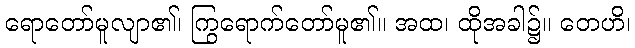
ရောတော်မူလျာ၏၊ ကြွရောက်တော်မူ၏။ အထ၊ ထိုအခါ၌။ တေဟိ၊